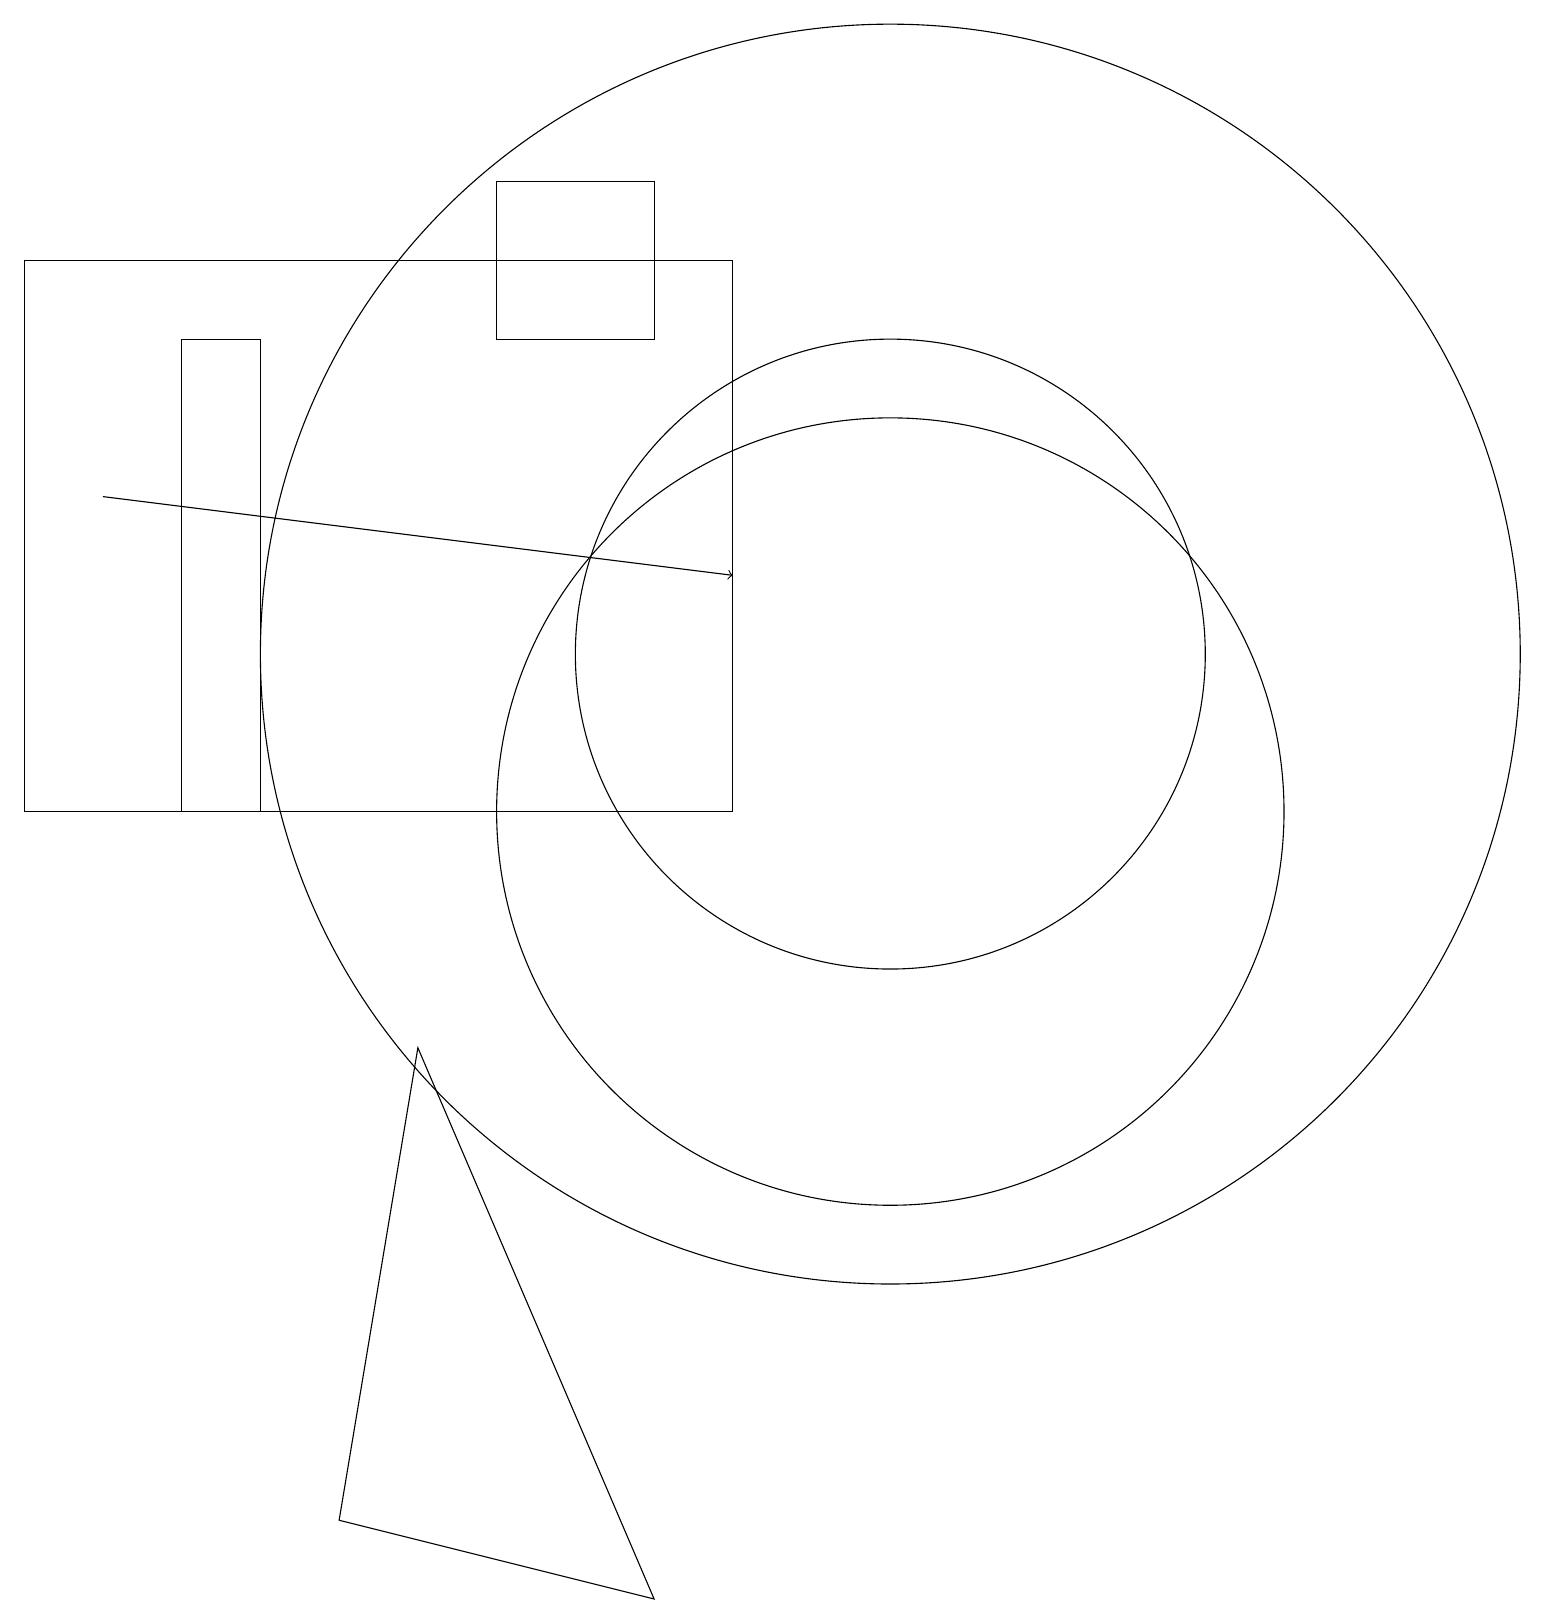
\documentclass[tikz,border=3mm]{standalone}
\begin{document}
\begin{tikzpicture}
\draw[->] (1,14) -- (9,13);
\draw (11,12) circle (8);
\draw (2,10) rectangle (3,16);
\draw (4,1) -- (8,0) -- (5,7) -- cycle;
\draw (8,18) rectangle (6,16);
\draw (11,12) circle (4);
\draw (9,17) rectangle (0,10);
\draw (11,10) circle (5);
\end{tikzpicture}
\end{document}